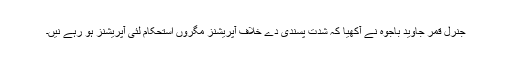
جنرل قمر جاوید باجوہ نے آکھیا کہ شدت پسندی دے خلاف آپریشنز مگروں استحکام لئی آپریشنز ہو رہے نیں۔